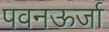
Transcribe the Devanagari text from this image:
पवनऊर्जा